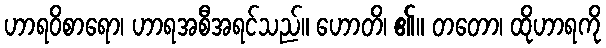
ဟာရဝိစာရော၊ ဟာရအစီအရင်သည်။ ဟောတိ၊ ၏။ တတော၊ ထိုဟာရကို